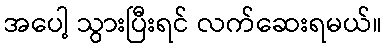
အပေါ့ သွားပြီးရင် လက်ဆေးရမယ်။